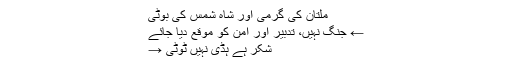
ملتان کی گرمی اور شاہ شمس کی بوٹی
← جنگ نہیں، تدبیر اور امن کو موقع دیا جائے
شکر ہے ہڈی نہیں ٹوٹی →